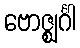
ဗောဇ္ဈင်္ဂါ